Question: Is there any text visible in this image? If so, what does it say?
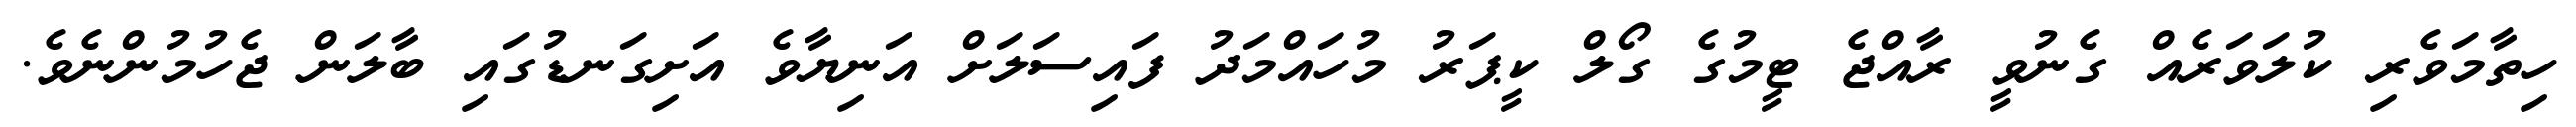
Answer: ހިތާމަވެރި ކުލަވަރެއް ގެނުވީ ރާއްޖެ ޓީމުގެ ގޯލް ކީޕަރު މުހައްމަދު ފައިސަލަށް އަނިޔާވެ އަށިގަނޑުގައި ބާލަން ޖެހުމުންނެވެ.